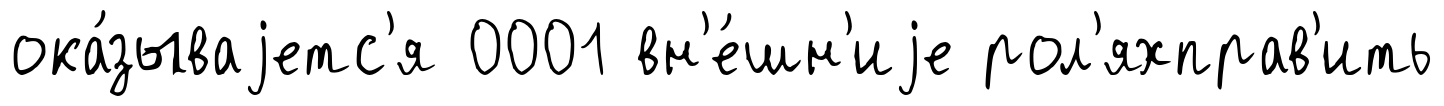
ока́зываjетс'я 0001 вн'е́шн'иjе рол'яхправ'ить